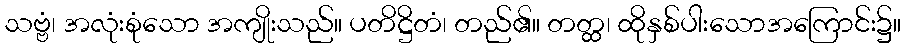
သဗ္ဗံ၊ အလုံးစုံသော အကျိုးသည်။ ပတိဋ္ဌိတံ၊ တည်၏။ တတ္ထ၊ ထိုနှစ်ပါးသောအကြောင်း၌။